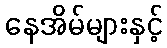
နေအိမ်များနှင့်